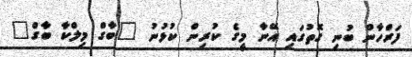
ފަރްހާން ބުނި ގޮތުގައި އޭނާ މީގެ ކުރިން ކުޅުނު "ބާގް މިލްކާ ބާގް"